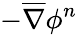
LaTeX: -\overline{\nabla}\phi^{n}